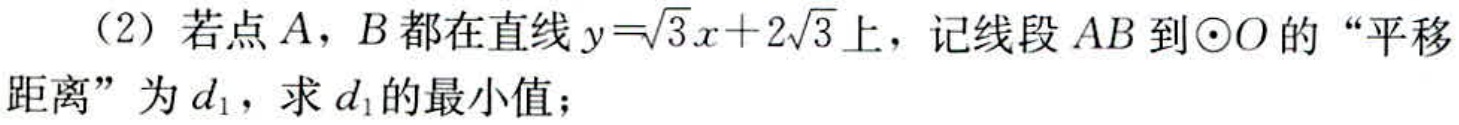
（2）若点\(A\)，\(B\)都在直线\(y = \sqrt{3}x + 2\sqrt{3}\)上，记线段\(AB\)到\(\odot O\)的“平移距离”为\(d_{1}\)，求\(d_{1}\)的最小值；